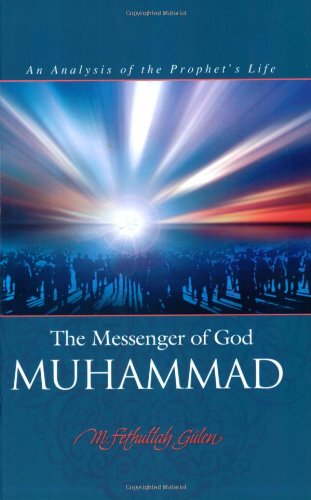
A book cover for The Messenger of God: Muhammad; M. Fethullah Gulen; Religion & Spirituality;